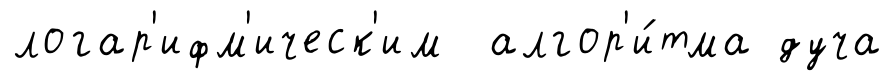
логар'ифм'ическ'им алгор'и́тма дуча